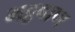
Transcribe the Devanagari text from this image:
भट्टबाण